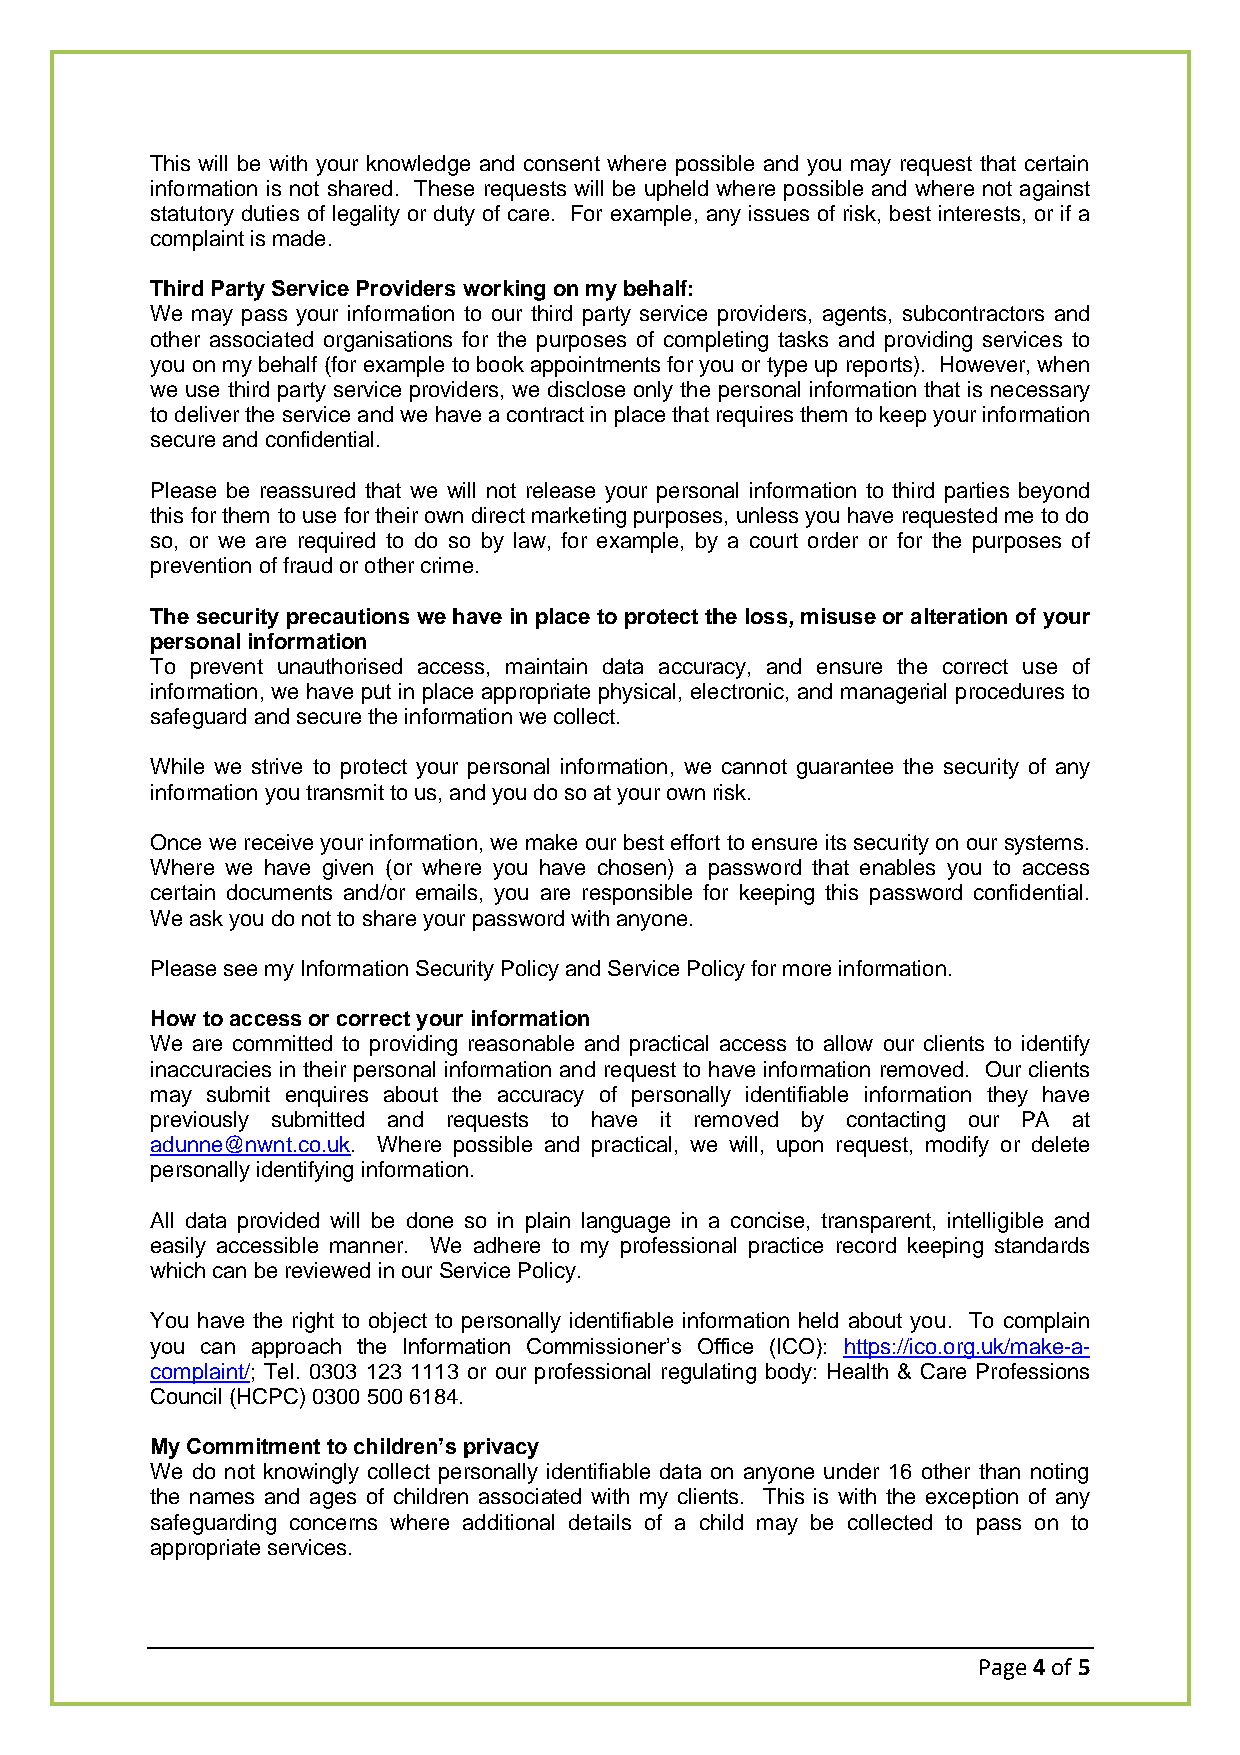
This will be with your knowledge and consent where possible and you may request that certain
 information is not shared. These requests will be upheld where possible and where not against
 statutory duties of legality or duty of care. For example, any issues of risk, best interests, or if a
 complaint is made.
 Third Party Service Providers working on my behalf:
 We may pass your information to our third party service providers, agents, subcontractors and
 other associated organisations for the purposes of completing tasks and providing services to
 you on my behalf (for example to book appointments for you or type up reports). However, when
 we use third party service providers, we disclose only the personal information that is necessary
 to deliver the service and we have a contract in place that requires them to keep your information
 secure and confidential.
 Please be reassured that we will not release your personal information to third parties beyond
 this for them to use for their own direct marketing purposes, unless you have requested me to do
 so, or we are required to do so by law, for example, by a court order or for the purposes of
 prevention of fraud or other crime.
 The security precautions we have in place to protect the loss, misuse or alteration of your
 personal information
 To prevent unauthorised access, maintain data accuracy, and ensure the correct use of
 information, we have put in place appropriate physical, electronic, and managerial procedures to
 safeguard and secure the information we collect.
 While we strive to protect your personal information, we cannot guarantee the security of any
 information you transmit to us, and you do so at your own risk.
 Once we receive your information, we make our best effort to ensure its security on our systems.
 Where we have given (or where you have chosen) a password that enables you to access
 certain documents and/or emails, you are responsible for keeping this password confidential.
 We ask you do not to share your password with anyone.
 Please see my Information Security Policy and Service Policy for more information.
 How to access or correct your information
 We are committed to providing reasonable and practical access to allow our clients to identify
 inaccuracies in their personal information and request to have information removed. Our clients
 may submit enquires about the accuracy of personally identifiable information they have
 previously submitted and requests to have it removed by contacting our PA at
 adunne@nwnt.co.uk. Where possible and practical, we will, upon request, modify or delete
 personally identifying information.
 All data provided will be done so in plain language in a concise, transparent, intelligible and
 easily accessible manner. We adhere to my professional practice record keeping standards
 which can be reviewed in our Service Policy.
 You have the right to object to personally identifiable information held about you. To complain
 you can approach the Information Commissioner’s Office (ICO): https://ico.org.uk/make-a-
 complaint/; Tel. 0303 123 1113 or our professional regulating body: Health & Care Professions
 Council (HCPC) 0300 500 6184.
 My Commitment to children’s privacy
 We do not knowingly collect personally identifiable data on anyone under 16 other than noting
 the names and ages of children associated with my clients. This is with the exception of any
 safeguarding concerns where additional details of a child may be collected to pass on to
 appropriate services.
 Page 4 of 5